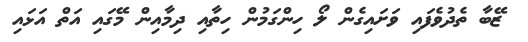
ޒޭބާ ތެދުވެފައި ވަށައިގެން ލޯ ހިންގަމުން ހިތާއި ދިމާއިން މޭގައި އަތް އަޅައި